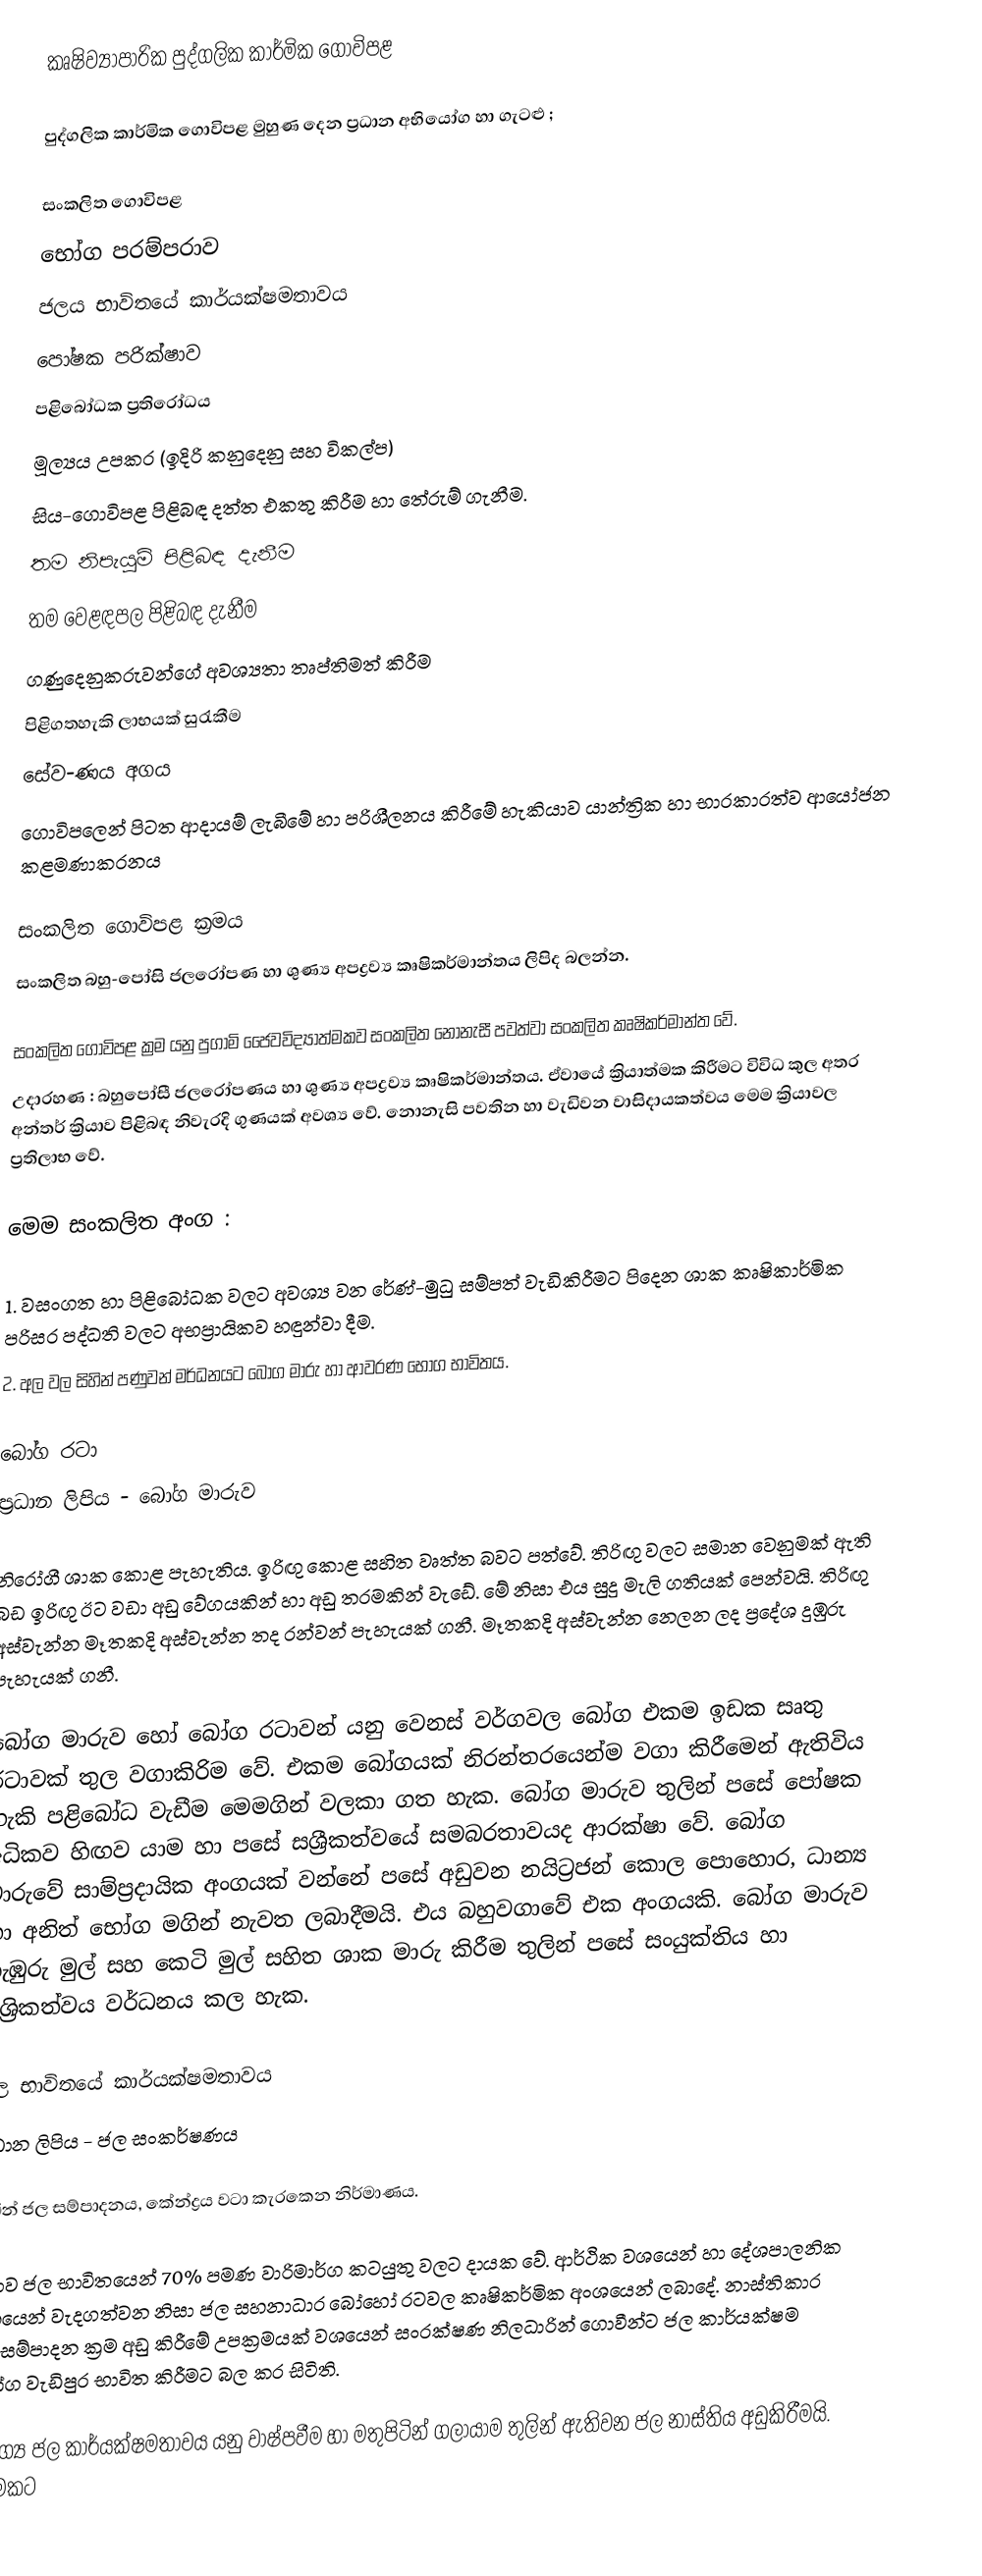
කෘෂිව්‍යාපාරික පුද්ගලික කාර්මික ගොවිපළ

පුද්ගලික කාර්මික ගොවිපළ මුහුණ දෙන ප්‍රධාන අභියෝග හා ගැටළු ;

සංකලිත ගොවිපළ
භෝග පරම්පරාව
ජලය භාවිතයේ කාර්යක්ෂමතාවය
පෝෂක පරික්ෂාව
පළිබෝධක ප්‍රතිරෝධය
මූල්‍යය උපකර (ඉදිරි කනුදෙනු සහ විකල්ප)
සිය-ගොවිපළ පිළිබඳ දත්ත එකතු කිරීම හා තේරුම් ගැනීම.
තම නිපැයුම් පිළිබඳ දැනීම
තම වෙළඳපල පිළිබඳ දැනීම
ගණුදෙනුකරුවන්ගේ අවශ්‍යතා තෘප්තිමත් කිරීම
පිළිගතහැකි ලාභයක් සුරැකීම
සේව-ණය අගය
ගොවිපලෙන් පිටත ආදායම් ලැබීමේ හා පරිශීලනය කිරීමේ හැකියාව යාන්ත්‍රික හා භාරකාරත්ව ආයෝජන කළමණාකරනය

සංකලිත ගොවිපළ ක්‍රමය
	සංකලිත බහු-පෝසි ජලරෝපණ හා ශුණ්‍ය අපද්‍රව්‍ය කෘෂිකර්මාන්තය ලිපිද බලන්න.

සංකලිත ගොවිපළ ක්‍රම යනු පුගාමි ජෛවවිද්‍යාත්මකව සංකලිත නොනැසී පවත්වා සංකලිත කෘෂිකර්මාන්ත වේ.
උදාරහණ : බහුපෝසී ජලරෝපණය හා ශුණ්‍ය අපද්‍රව්‍ය කෘෂිකර්මාන්තය. ඒවායේ ක්‍රියාත්මක කිරීමට විවිධ කුල අතර අන්තර් ක්‍රියාව පිළිබඳ නිවැරදි ගුණයක් අවශ්‍ය වේ. නොනැසි පවතින හා වැඩිවන වාසිදායකත්වය මෙම ක්‍රියාවල ප්‍රතිලාභ වේ.

මෙම සංකලිත අංග :

1.	වසංගත හා පිළිබෝධක වලට අවශ්‍ය වන රේණ්-මුධු සම්පත් වැඩිකිරීමට පිදෙන ශාක කෘෂිකාර්මික පරිසර පද්ධති වලට අභප්‍රායිකව හඳුන්වා දීම.
2.	අල වල සිහින් පණුවන් මර්ධනයට බෝග මාරු හා ආවරණ භෝග භාවිතය.

බෝග රටා
	ප්‍රධාන ලිපිය - බෝග මාරුව

නිරෝගී ශාක කොළ පැහැතිය. ඉරිඟු කොළ සහිත වෘත්ත බවට පත්වේ. තිරිඟු වලට සමාන වෙනුමක් ඇති බඩ ඉරිඟු ඊට වඩා අඩු වේගයකින් හා අඩු තරමකින් වැඩේ. මේ නිසා එය සුදු මැලි ගතියක් පෙන්වයි. තිරිඟු අස්වැන්න මෑතකදි අස්වැන්න තද රන්වන් පැහැයක් ගනී. මෑතකදි අස්වැන්න නෙලන ලද ප්‍රදේශ දුඹුරු පැහැයක් ගනී.

බෝග මාරුව හෝ බෝග රටාවන් යනු වෙනස් වර්ගවල බෝග එකම ඉඩක සෘතු රටාවක් තුල වගාකිරිම වේ. එකම බෝගයක් නිරන්ත‍රයෙන්ම වගා කිරීමෙන් ඇතිවිය හැකි පළිබෝධ වැඩීම මෙමගින් වලකා ගත හැක. බෝග මාරුව තුලින් පසේ පෝෂක අධිකව හිඟව යාම හා පසේ සශ්‍රීකත්වයේ සමබරතාවයද ආරක්ෂා වේ. බෝග මාරුවේ සාම්ප්‍රදායික අංගයක් වන්නේ පසේ අඩුවන නයිට්‍රජන් කොල පො‍හොර, ධාන්‍ය හා අනිත් භෝග මගින් නැවත ලබාදීමයි. එය බහුවගාවේ එක අංගයකි. බෝග මාරුව ගැඹුරු මුල් සහ කෙටි මුල් සහිත ශාක මාරු කිරීම තුලින් පසේ සංයුක්තිය හා සශ්‍රිකත්වය වර්ධනය කල හැක.

ජල භාවිතයේ කාර්යක්ෂමතාවය
ප්‍රධාන ලිපිය - ජල සංකර්ෂණය

උඩින් ජල සම්පාදනය, කේන්ද්‍රය වටා කැරකෙන නිර්මාණය.

ලොව ජල භාවිතයෙන් 70% පමණ වාරිමාර්ග කටයුතු වලට දායක වේ. ආර්ථික වශයෙන් හා දේශපාලනික වශයෙන් වැදගත්වන නිසා ජල සහනාධාර බෝහෝ රටවල කෘෂිකර්මික අංශයෙන් ලබාදේ. නාස්තිකාර ජලසම්පාදන ක්‍රම අඩු කිරීමේ උපක්‍රමයක් වශයෙන් සංරක්ෂණ නිලධාරින් ගොවීන්ට ජල කාර්යක්ෂම භෝග වැඩිපුර භාවිත කිරීමට බල කර සිටිති.

යෝග්‍ය ජල කාර්යක්ෂමතාවය යනු වාෂ්පවීම හා මතුපිටින් ගලායාම තුලින් ඇතිවන ජල නාස්තිය අඩුකිරීමයි. ඉඩමකට